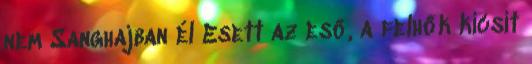
nem Sanghajban él Esett az eső, a felhők kicsit